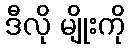
ဒီလို မျိုးကို